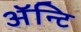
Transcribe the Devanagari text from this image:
अॅन्टि